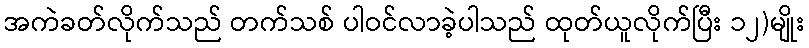
အကဲခတ်လိုက်သည် တက်သစ် ပါဝင်လာခဲ့ပါသည် ထုတ်ယူလိုက်ပြီး ၁၂)မျိုး